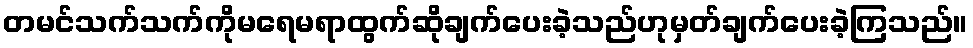
တမင်သက်သက်ကိုမရေမရာထွက်ဆိုချက်ပေးခဲ့သည်ဟုမှတ်ချက်ပေးခဲ့ကြသည်။